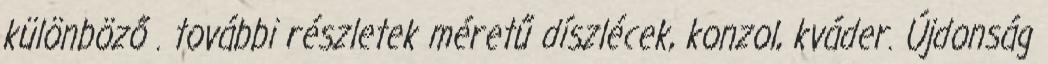
különböző . további részletek méretű díszlécek, konzol, kváder. Újdonság